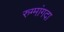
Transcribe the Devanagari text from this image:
रुग्मांगदा